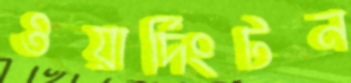
ওয়ার্দিংটন